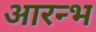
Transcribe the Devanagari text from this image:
आरन्भ